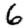
Digit: 6